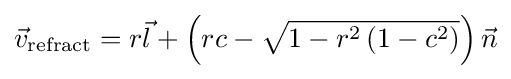
{\vec {v}}_{\mathrm {refract} }=r{\vec {l}}+\left(rc-{\sqrt {1-r^{2}\left(1-c^{2}\right)}}\right){\vec {n}}